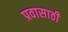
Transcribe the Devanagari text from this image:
प्रवासाठी